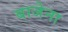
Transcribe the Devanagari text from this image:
बाजेना